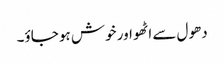
دھول سے اٹھو اور خوش ہو جاؤ۔